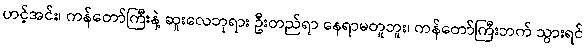
ဟင့်အင်း၊ ကန်တော်ကြီးနဲ့ ဆူးလေဘုရား ဦးတည်ရာ နေရာမတူဘူး၊ ကန်တော်ကြီးဘက် သွားရင်